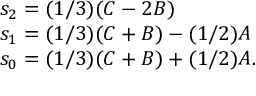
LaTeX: \begin{array} { l } { { s _ { 2 } = ( 1 / 3 ) ( C - 2 B ) } } \\ { { s _ { 1 } = ( 1 / 3 ) ( C + B ) - ( 1 / 2 ) A } } \\ { { s _ { 0 } = ( 1 / 3 ) ( C + B ) + ( 1 / 2 ) A . } } \end{array}